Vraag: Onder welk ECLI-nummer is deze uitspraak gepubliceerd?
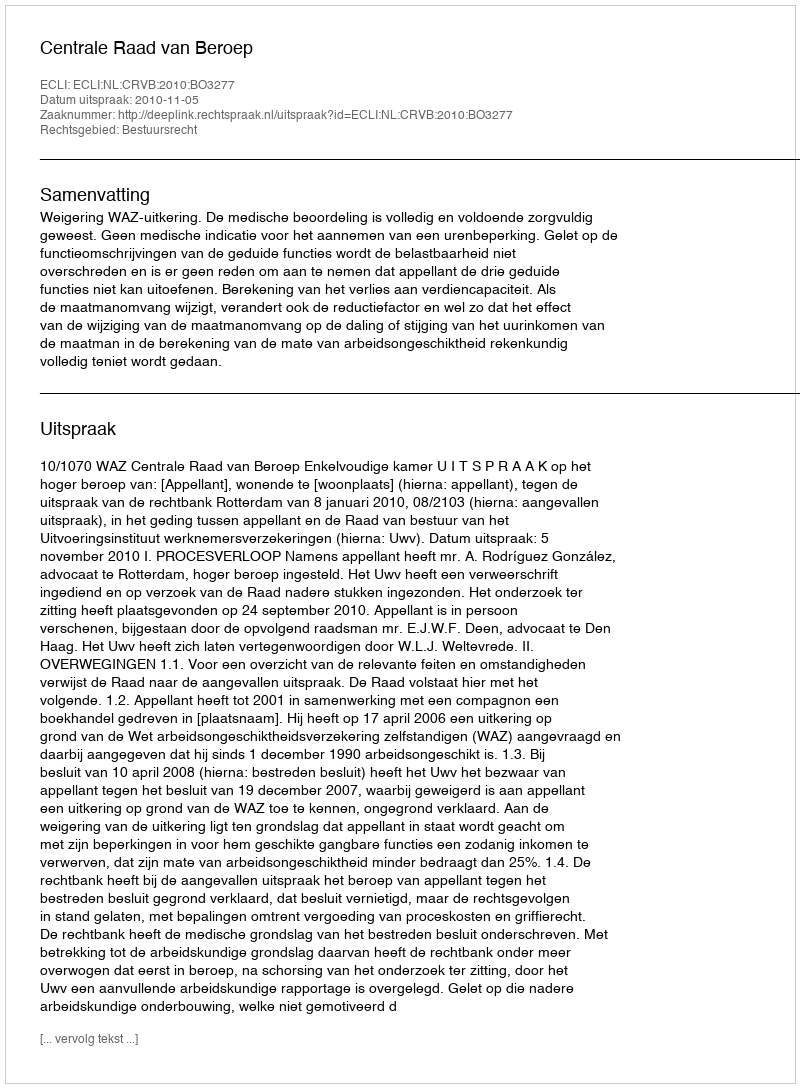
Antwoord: ECLI:NL:CRVB:2010:BO3277